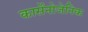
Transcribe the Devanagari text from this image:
कार्सेनोजेनिक